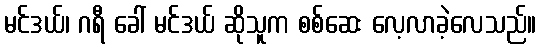
မင်ဒယ်၊ ဂရီ ခေါ် မင်ဒယ် ဆိုသူက စစ်ဆေး လေ့လာခဲ့လေသည်။